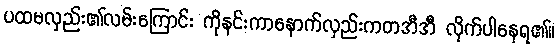
ပထမလှည်း၏လမ်းကြောင်း ကိုနင်းကာနောက်လှည်းကတအီအီ လိုက်ပါနေရ၏။